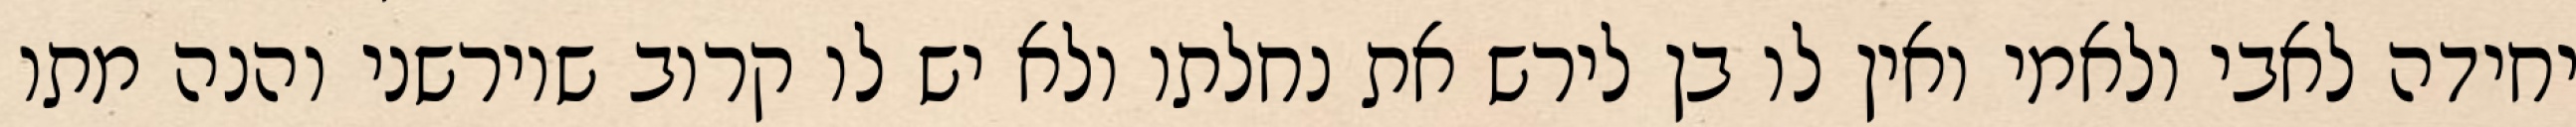
יחידה לאבי ולאמי ואין לו בן לירש את נחלתו ולא יש לו קרוב שיורשני והנה מתו